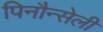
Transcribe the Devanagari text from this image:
पिनौन्सेली